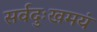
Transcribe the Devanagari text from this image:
सर्वदुःखमयं